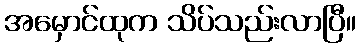
အမှောင်ထုက သိပ်သည်းလာပြီ။